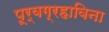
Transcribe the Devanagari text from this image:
पूर्वग्रहाविना